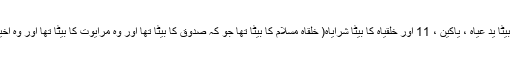
10 کاہن لوگ جو يروشلم چلے گئےتھے:یُویریب کا بیٹا ید عیاہ ، یاکین ، 11 اور خلقیاہ کا بیٹا شِرایاہ( خلقاہ مُسّلام کا بیٹا تھا جو کہ صدوق کا بیٹا تھا اور وہ مرایوت کا بیٹا تھا اور وہ اخیطوب کا بیٹا تھا جو خدا کے گھر کا نگراں کا ر تھا۔